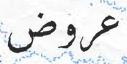
عروض